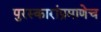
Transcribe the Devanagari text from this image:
पुरस्कारांप्रमाणेच